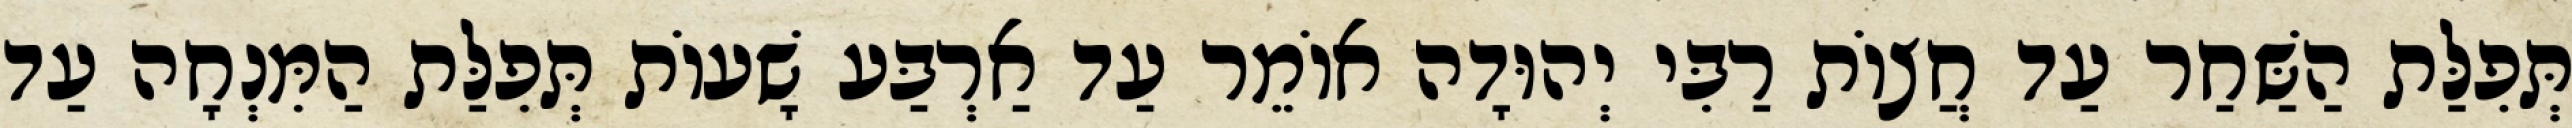
תְּפִלַּת הַשַּׁחַר עַד חֲצוֹת רַבִּי יְהוּדָה אוֹמֵר עַד אַרְבַּע שָׁעוֹת תְּפִלַּת הַמִּנְחָה עַד